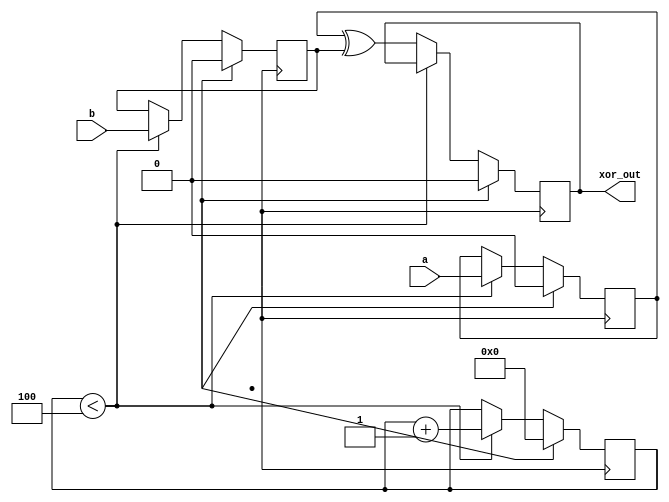
module xor_timing_control_sync (
  input wire a,
  input wire b,
  output reg xor_out
);

reg delay_a;
reg delay_b;
reg [3:0] delay_count;

always @ (posedge clk)
begin
  if (reset)
  begin
    delay_a <= 0;
    delay_b <= 0;
    delay_count <= 0;
    xor_out <= 0;
  end
  else
  begin
    if (delay_count < 4)
    begin
      delay_a <= a;
      delay_b <= b;
      delay_count <= delay_count + 1;
    end
    else
    begin
      xor_out <= delay_a ^ delay_b;
    end
  end
end

endmodule